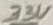
Text: 33V